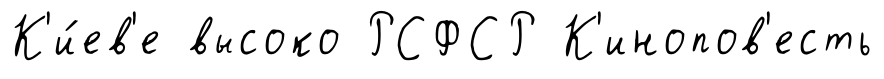
К'и́ев'е высоко РСФСР К'инопов'есть